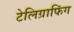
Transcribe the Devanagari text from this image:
टेलिग्राफिंग